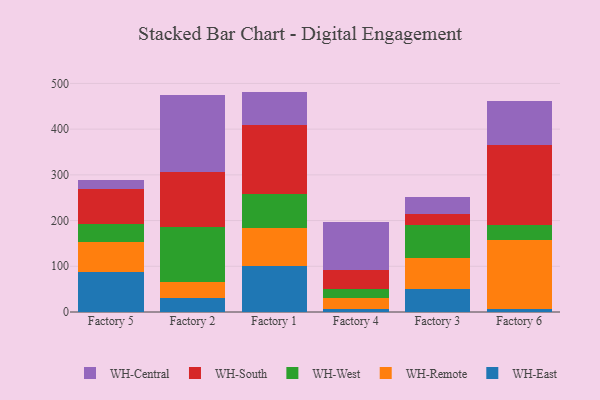
{"axis": {"x": "Factory", "y": "Market Share (%)"}, "legend": ["WH-Central", "WH-East", "WH-Remote", "WH-South", "WH-West"], "data": [{"x": "Factory 5", "y": 86.8, "type": "WH-East"}, {"x": "Factory 5", "y": 65.6, "type": "WH-Remote"}, {"x": "Factory 5", "y": 40.7, "type": "WH-West"}, {"x": "Factory 5", "y": 76.2, "type": "WH-South"}, {"x": "Factory 5", "y": 18.4, "type": "WH-Central"}, {"x": "Factory 2", "y": 31.2, "type": "WH-East"}, {"x": "Factory 2", "y": 34.7, "type": "WH-Remote"}, {"x": "Factory 2", "y": 119.2, "type": "WH-West"}, {"x": "Factory 2", "y": 121.9, "type": "WH-South"}, {"x": "Factory 2", "y": 168.0, "type": "WH-Central"}, {"x": "Factory 1", "y": 100.3, "type": "WH-East"}, {"x": "Factory 1", "y": 83.7, "type": "WH-Remote"}, {"x": "Factory 1", "y": 74.7, "type": "WH-West"}, {"x": "Factory 1", "y": 150.2, "type": "WH-South"}, {"x": "Factory 1", "y": 73.2, "type": "WH-Central"}, {"x": "Factory 4", "y": 6.3, "type": "WH-East"}, {"x": "Factory 4", "y": 23.7, "type": "WH-Remote"}, {"x": "Factory 4", "y": 19.7, "type": "WH-West"}, {"x": "Factory 4", "y": 41.2, "type": "WH-South"}, {"x": "Factory 4", "y": 106.1, "type": "WH-Central"}, {"x": "Factory 3", "y": 50.9, "type": "WH-East"}, {"x": "Factory 3", "y": 66.8, "type": "WH-Remote"}, {"x": "Factory 3", "y": 72.0, "type": "WH-West"}, {"x": "Factory 3", "y": 24.4, "type": "WH-South"}, {"x": "Factory 3", "y": 37.4, "type": "WH-Central"}, {"x": "Factory 6", "y": 7.4, "type": "WH-East"}, {"x": "Factory 6", "y": 150.1, "type": "WH-Remote"}, {"x": "Factory 6", "y": 32.3, "type": "WH-West"}, {"x": "Factory 6", "y": 174.9, "type": "WH-South"}, {"x": "Factory 6", "y": 96.7, "type": "WH-Central"}]}